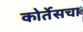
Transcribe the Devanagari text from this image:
कोर्तेसचा